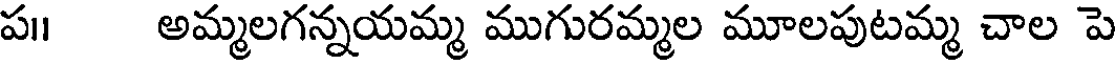
ప॥ అమ్మలగన్నయమ్మ ముగురమ్మల మూలపుటమ్మ చాల పె